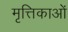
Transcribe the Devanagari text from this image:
मृत्तिकाओं